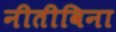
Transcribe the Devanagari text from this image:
नीतीविना